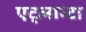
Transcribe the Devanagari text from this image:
एट्लान्टा